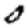
Digit: 0